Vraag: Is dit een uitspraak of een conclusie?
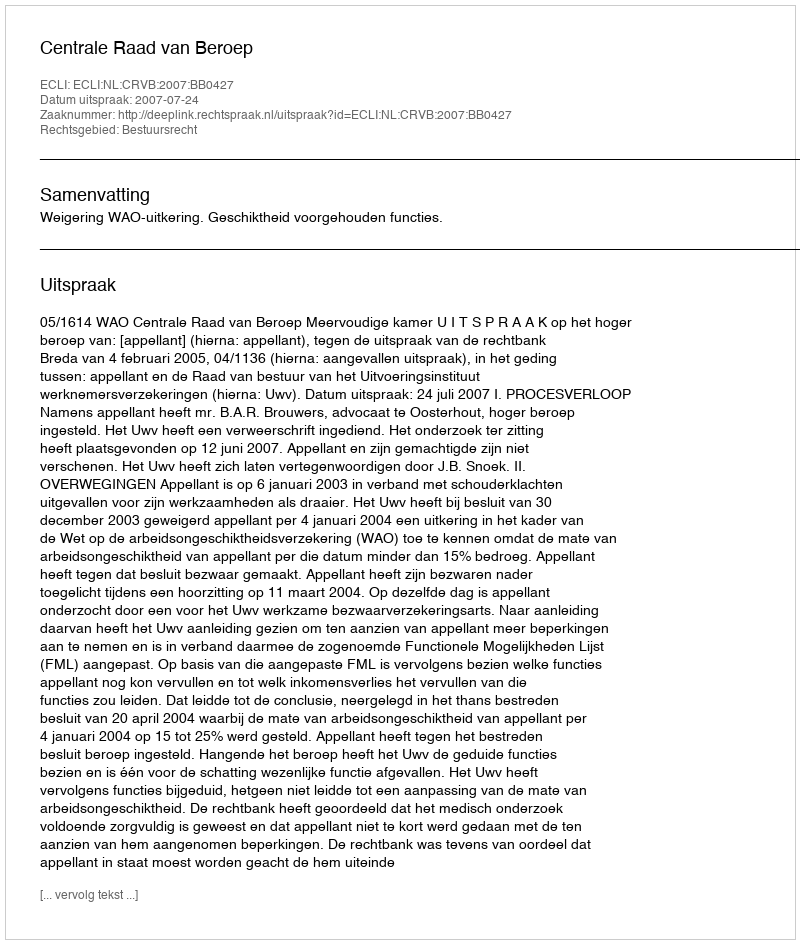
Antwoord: Uitspraak